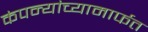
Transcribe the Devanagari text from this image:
कंपन्यांच्यामार्फत